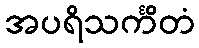
အပရိသင်္ကိတံ